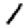
Digit: 1